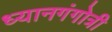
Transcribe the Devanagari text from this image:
ध्यानगंगोत्री